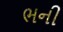
ભની